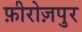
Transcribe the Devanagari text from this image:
फ़ीरोज़पुर